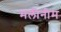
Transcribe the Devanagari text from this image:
मलीनीम